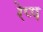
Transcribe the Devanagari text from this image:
रेप्प